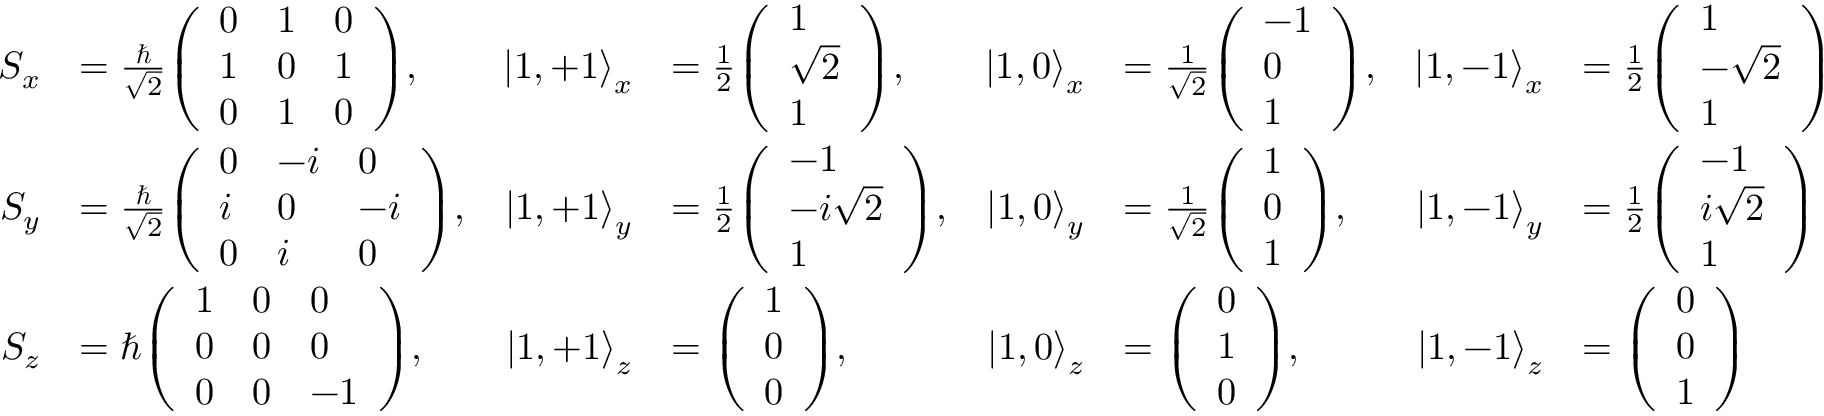
{ \begin{array} { r l r l r l r l } { S _ { x } } & { = { \frac { \hbar } { \sqrt { 2 } } } { \left( \begin{array} { l l l } { 0 } & { 1 } & { 0 } \\ { 1 } & { 0 } & { 1 } \\ { 0 } & { 1 } & { 0 } \end{array} \right) } , } & { \left| 1 , + 1 \right\rangle _ { x } } & { = { \frac { 1 } { 2 } } { \left( \begin{array} { l } { 1 } \\ { { \sqrt { 2 } } } \\ { 1 } \end{array} \right) } , } & { \left| 1 , 0 \right\rangle _ { x } } & { = { \frac { 1 } { \sqrt { 2 } } } { \left( \begin{array} { l } { - 1 } \\ { 0 } \\ { 1 } \end{array} \right) } , } & { \left| 1 , - 1 \right\rangle _ { x } } & { = { \frac { 1 } { 2 } } { \left( \begin{array} { l } { 1 } \\ { { - { \sqrt { 2 } } } } \\ { 1 } \end{array} \right) } } \\ { S _ { y } } & { = { \frac { \hbar } { \sqrt { 2 } } } { \left( \begin{array} { l l l } { 0 } & { - i } & { 0 } \\ { i } & { 0 } & { - i } \\ { 0 } & { i } & { 0 } \end{array} \right) } , } & { \left| 1 , + 1 \right\rangle _ { y } } & { = { \frac { 1 } { 2 } } { \left( \begin{array} { l } { - 1 } \\ { - i { \sqrt { 2 } } } \\ { 1 } \end{array} \right) } , } & { \left| 1 , 0 \right\rangle _ { y } } & { = { \frac { 1 } { \sqrt { 2 } } } { \left( \begin{array} { l } { 1 } \\ { 0 } \\ { 1 } \end{array} \right) } , } & { \left| 1 , - 1 \right\rangle _ { y } } & { = { \frac { 1 } { 2 } } { \left( \begin{array} { l } { - 1 } \\ { i { \sqrt { 2 } } } \\ { 1 } \end{array} \right) } } \\ { S _ { z } } & { = \hbar { \left( \begin{array} { l l l } { 1 } & { 0 } & { 0 } \\ { 0 } & { 0 } & { 0 } \\ { 0 } & { 0 } & { - 1 } \end{array} \right) } , } & { \left| 1 , + 1 \right\rangle _ { z } } & { = { \left( \begin{array} { l } { 1 } \\ { 0 } \\ { 0 } \end{array} \right) } , } & { \left| 1 , 0 \right\rangle _ { z } } & { = { \left( \begin{array} { l } { 0 } \\ { 1 } \\ { 0 } \end{array} \right) } , } & { \left| 1 , - 1 \right\rangle _ { z } } & { = { \left( \begin{array} { l } { 0 } \\ { 0 } \\ { 1 } \end{array} \right) } } \end{array} }